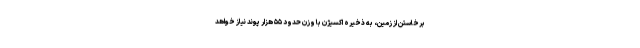
برخاستن از زمین، به ذخیره اکسیژن با وزن حدود ۵۵ هزار پوند نیاز خواهد